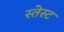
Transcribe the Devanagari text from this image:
स्तेस्ट